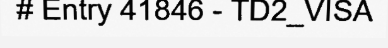
# Entry 41846 - TD2_VISA